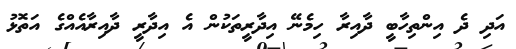
އަދި ދެ އިންތިހާބީ ދާއިރާ ހިމެނޭ އިދާރީތަކުން އެ އިދާރީ ދާއިރާއެއްގެ އަތޮޅު